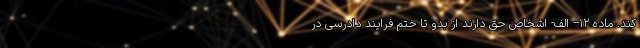
کند. ماده ۱۲-- الف- اشخاص حق دارند از بدو تا ختم فرایند دادرسی در